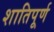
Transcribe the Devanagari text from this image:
शातिपूर्ण